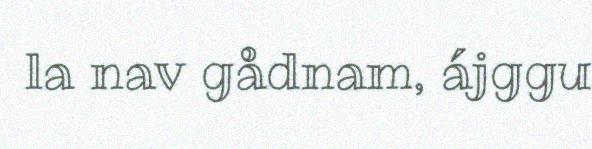
la nav gådnam, ájggu